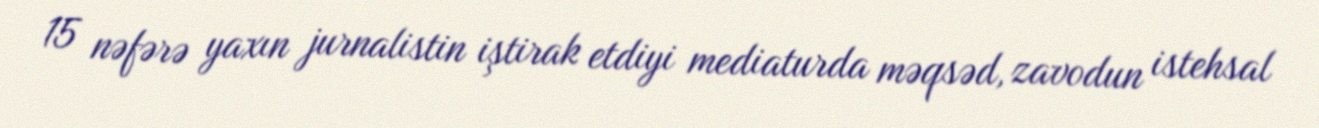
15 nəfərə yaxın jurnalistin iştirak etdiyi mediaturda məqsəd, zavodun istehsal